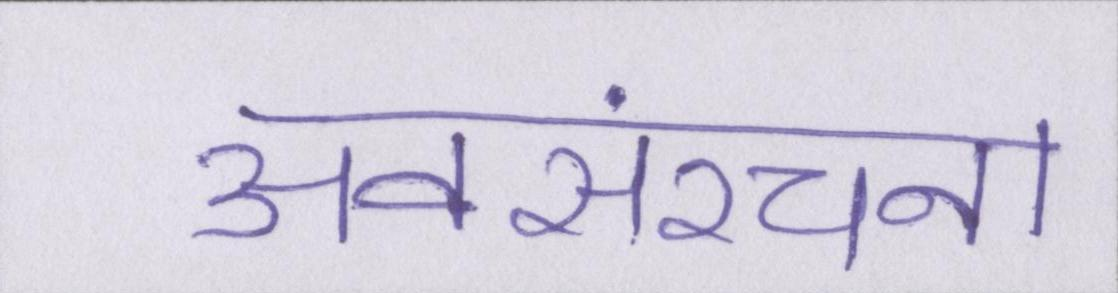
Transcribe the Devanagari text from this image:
अवसंरचना